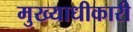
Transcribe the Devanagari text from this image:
मुख्याधीकारी